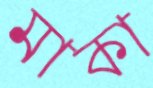
মাকা